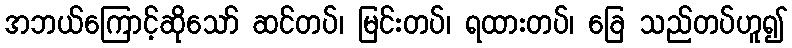
အဘယ်ကြောင့်ဆိုသော် ဆင်တပ်၊ မြင်းတပ်၊ ရထားတပ်၊ ခြေ သည်တပ်ဟူ၍